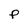
Character: P